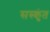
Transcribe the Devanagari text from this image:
सस्कृंत